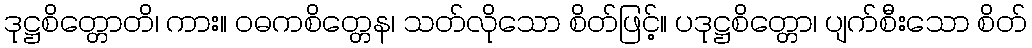
ဒုဋ္ဌစိတ္တောတိ၊ ကား။ ဝဓကစိတ္တေန၊ သတ်လိုသော စိတ်ဖြင့်။ ပဒုဋ္ဌစိတ္တော၊ ပျက်စီးသော စိတ်